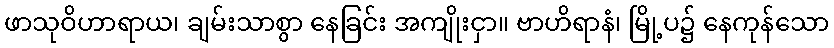
ဖာသုဝိဟာရာယ၊ ချမ်းသာစွာ နေခြင်း အကျိုးငှာ။ ဗာဟိရာနံ၊ မြို့ပ၌ နေကုန်သော